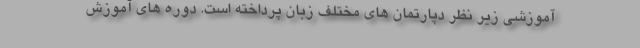
آموزشی زیر نظر دپارتمان های مختلف زبان پرداخته است. دوره های آموزش